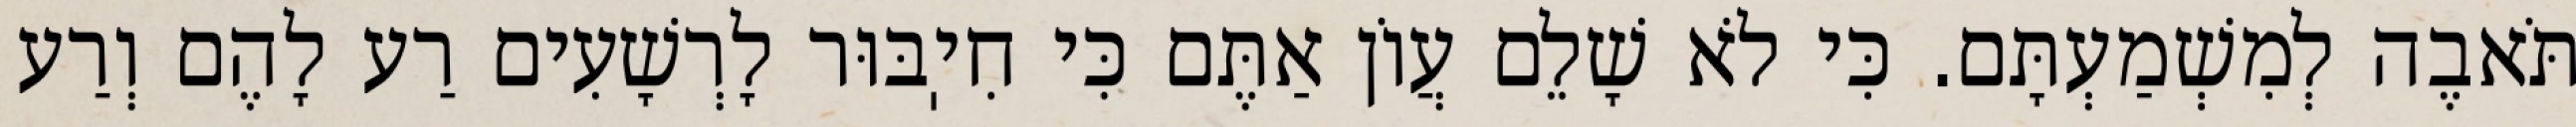
תֹּאבֶה לְמִשְׁמַעְתָּם. כִּי לֹא שָׁלֵם עֲוֹן אַתֶּם כִּי חִיֽבּוּר לָרְשָׁעִים רַע לָהֶם וְרַע